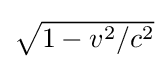
{\textstyle {\sqrt {1-v^{2}/c^{2}}}}